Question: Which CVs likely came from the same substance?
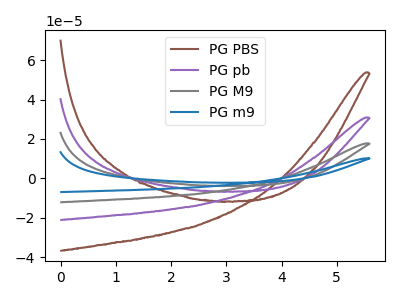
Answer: <think>The brown curve "PG PBS" has no peaks. The purple curve "PG pb" has no peaks. The gray curve "PG M9" has no peaks. The blue curve "PG m9" has no peaks.
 Neither "PG PBS" or "PG pb" have any peaks. Neither "PG PBS" or "PG M9" have any peaks. Neither "PG PBS" or "PG m9" have any peaks. Neither "PG pb" or "PG M9" have any peaks. Neither "PG pb" or "PG m9" have any peaks. Neither "PG M9" or "PG m9" have any peaks.</think>
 <answer>"PG PBS", "PG pb", "PG M9" and "PG m9" have the same shape and are likely CV's of the same chemical.</answer>
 <eval>"PG PBS" "PG pb" "PG M9" "PG m9"</eval>